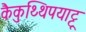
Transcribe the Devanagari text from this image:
कैकुथ्थिपयाट्टू